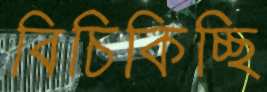
বিচিকিচ্ছি